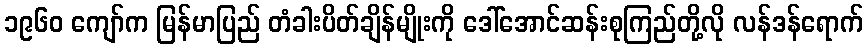
၁၉၆၀ ကျော်က မြန်မာပြည် တံခါးပိတ်ချိန်မျိုးကို ဒေါ်အောင်ဆန်းစုကြည်တို့လို လန်ဒန်ရောက်